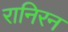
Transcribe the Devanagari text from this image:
रानिरन